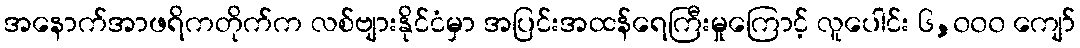
အနောက်အာဖရိကတိုက်က လစ်ဗျားနိုင်ငံမှာ အပြင်းအထန်ရေကြီးမှုကြောင့် လူပေါင်း ၆,၀၀၀ ကျော်